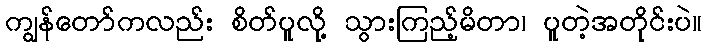
ကျွန်တော်ကလည်း စိတ်ပူလို့ သွားကြည့်မိတာ၊ ပူတဲ့အတိုင်းပဲ။